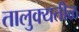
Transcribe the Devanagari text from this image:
तालुक्यतीळ